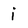
Character: i